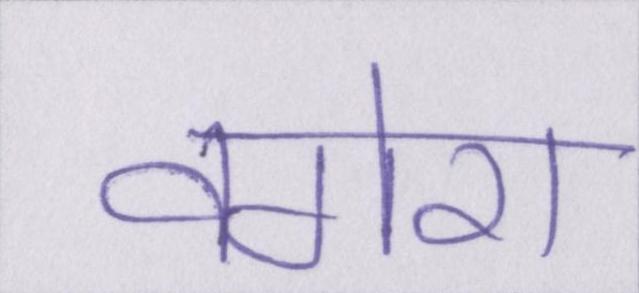
वगेरा